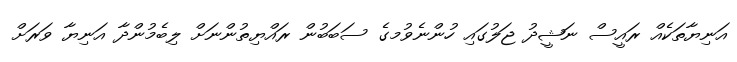
އަނިޔާތަކެއް ރައީސް ނަޝީދު ޖަލުގައި ހުންނެވުމގެ ސަބަބުން ރައްޔިތުންނަށް ލިބެމުންދާ އަނިޔާ ވަރަށް